Indian journal of veterinary science and animal husbandry - Volume 3,
Year: 1933
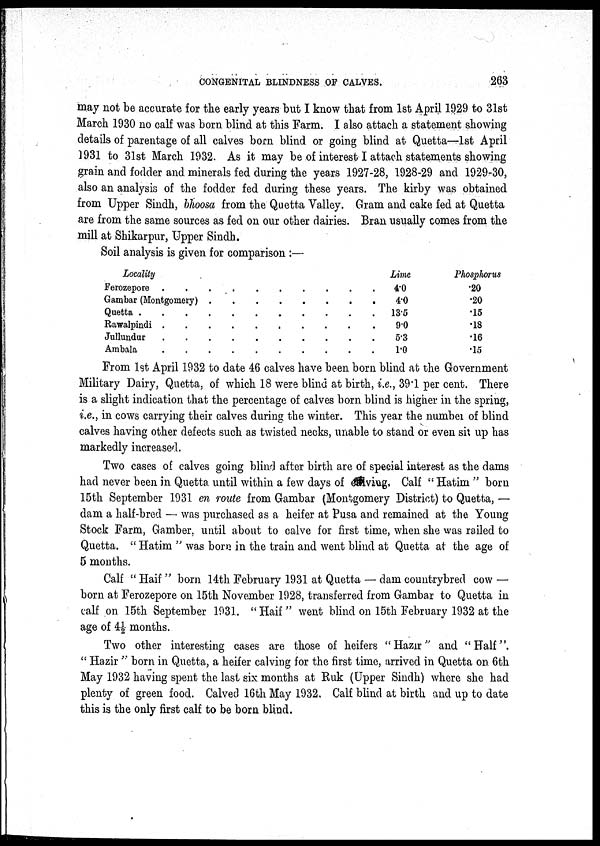
CONGENITAL BLINDNESS OF CALVES.
263
may not be accurate for the early years but I know that from 1st April 1929 to 31st
March 1930 no calf was born blind at this Farm. I also attach a statement showing
details of parentage of all calves born blind or going blind at Quetta—1st April
1931 to 31st March 1932. As it may be of interest I attach statements showing
grain and fodder and minerals fed during the years 1927-28, 1928-29 and 1929-30,
also an analysis of the fodder fed during these years. The kirby was obtained
from Upper Sindh, bhoosa from the Quetta Valley. Gram and cake fed at Quetta
are from the same sources as fed on our other dairies. Bran usually comes from the
mill at Shikarpur, Upper Sindh.
Soil analysis is given for comparison :—
Locality
Ferozepore
........
Gambar (Montgomery) ........
Quetta
........
Rawalpindi
........
Jullundur
........
Ambala
........
Lime
4.0
4.0
13.5
9.0
5.3
1.0
Phosphorus
.20
.20
.15
.18
.16
.15
From 1st April 1932 to date 46 calves have been born blind at the Government
Military Dairy, Quetta, of which 18 were blind at birth, i.e., 39.1 per cent. There
is a slight indication that the percentage of calves born blind is higher in the spring,
i.e., in cows carrying their calves during the winter. This year the number of blind
calves having other defects such as twisted necks, unable to stand or even sit up has
markedly increased.
Two cases of calves going blind after birth are of special interest as the dams
had never been in Quetta until within a few days of calving. Calf " Hatim " born
15th September 1931 en route from Gambar (Montgomery District) to Quetta, —
dam a half-bred — was purchased as a heifer at Pusa and remained at the Young
Stock Farm, Gamber, until about to calve for first time, when she was railed to
Quetta. " Hatim " was born in the train and went blind at Quetta at the age of
5 months.
Calf " Haif " born 14th February 1931 at Quetta — dam countrybred cow —
born at Ferozepore on 15th November 1928, transferred from Gambar to Quetta in
calf on 15th September 1931. " Haif " went blind on 15th February 1932 at the
age of 4½ months.
Two other interesting cases are those of heifers "Hazir" and "Half".
" Hazir " born in Quetta, a heifer calving for the first time, arrived in Quetta on 6th
May 1932 having spent the last six months at Ruk (Upper Sindh) where she had
plenty of green food. Calved 16th May 1932. Calf blind at birth and up to date
this is the only first calf to be born blind.